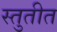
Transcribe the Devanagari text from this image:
स्तुतीत